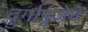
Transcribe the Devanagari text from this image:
दुर्गापुजेचे